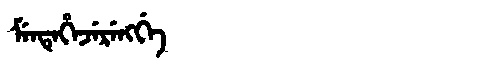
Manchu: ᠮᡝᠨᡨᡝᡥᡝᠵᡝᡵᡝᠩᡤᡝ
Romanization: MENTEHEJERENGGE